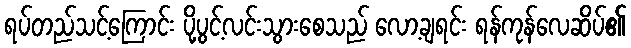
ရပ်တည်သင့်ကြောင်း ပို့ပွင့်လင်းသွားစေသည် လော့ချရင်း ရန်ကုန်လေဆိပ်၏